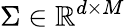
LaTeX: \Sigma\in\mathbb{R}^{d\times M}